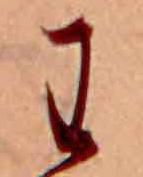
わ